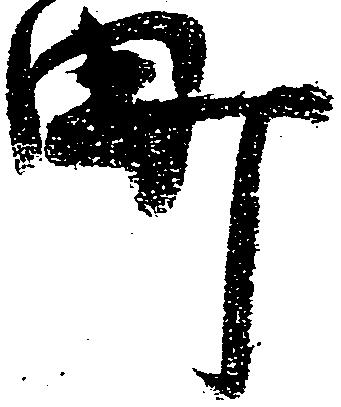
町